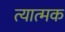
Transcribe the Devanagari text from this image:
त्यात्मक